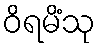
ဝိရမိံသု